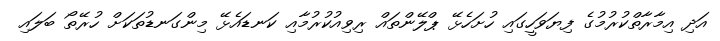
އަދި އިމާރާތްކުރުމުގެ ފިޔަވަހީގައި ހުށަހެޅޭ ޕްލޭންތައް ރިވިއުކުރުމާއި ކަނޑައެޅޭ މިންގަނޑުތަކަށް ހުރޭތޯ ބަލައި